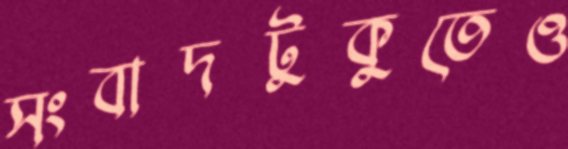
সংবাদটুকুতেও